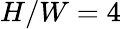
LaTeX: H/W=4